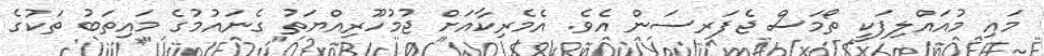
މައި މުއައްލިފަކީ ތޯމަސް ޖެފަރސަން އެވެ. އެމެރިކާއަށް ޖުމުހޫރިއްޔަތު ގެނައުމުގެ މައިތަބު ތަކުގެ